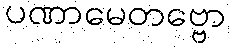
ပဏာမေတဗ္ဗော